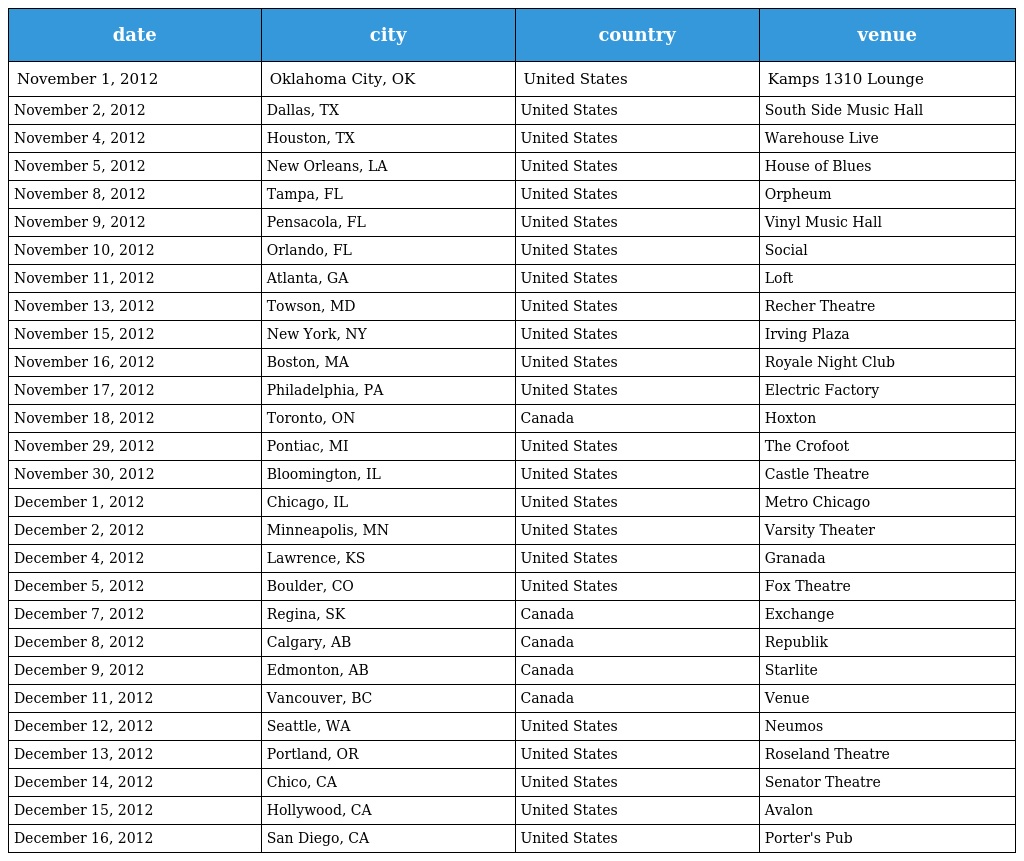
| date | city | country | venue |
 | --- | --- | --- | --- |
 | November 1, 2012 | Oklahoma City, OK | United States | Kamps 1310 Lounge |
 | November 2, 2012 | Dallas, TX | United States | South Side Music Hall |
 | November 4, 2012 | Houston, TX | United States | Warehouse Live |
 | November 5, 2012 | New Orleans, LA | United States | House of Blues |
 | November 8, 2012 | Tampa, FL | United States | Orpheum |
 | November 9, 2012 | Pensacola, FL | United States | Vinyl Music Hall |
 | November 10, 2012 | Orlando, FL | United States | Social |
 | November 11, 2012 | Atlanta, GA | United States | Loft |
 | November 13, 2012 | Towson, MD | United States | Recher Theatre |
 | November 15, 2012 | New York, NY | United States | Irving Plaza |
 | November 16, 2012 | Boston, MA | United States | Royale Night Club |
 | November 17, 2012 | Philadelphia, PA | United States | Electric Factory |
 | November 18, 2012 | Toronto, ON | Canada | Hoxton |
 | November 29, 2012 | Pontiac, MI | United States | The Crofoot |
 | November 30, 2012 | Bloomington, IL | United States | Castle Theatre |
 | December 1, 2012 | Chicago, IL | United States | Metro Chicago |
 | December 2, 2012 | Minneapolis, MN | United States | Varsity Theater |
 | December 4, 2012 | Lawrence, KS | United States | Granada |
 | December 5, 2012 | Boulder, CO | United States | Fox Theatre |
 | December 7, 2012 | Regina, SK | Canada | Exchange |
 | December 8, 2012 | Calgary, AB | Canada | Republik |
 | December 9, 2012 | Edmonton, AB | Canada | Starlite |
 | December 11, 2012 | Vancouver, BC | Canada | Venue |
 | December 12, 2012 | Seattle, WA | United States | Neumos |
 | December 13, 2012 | Portland, OR | United States | Roseland Theatre |
 | December 14, 2012 | Chico, CA | United States | Senator Theatre |
 | December 15, 2012 | Hollywood, CA | United States | Avalon |
 | December 16, 2012 | San Diego, CA | United States | Porter's Pub |